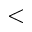
<